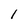
Character: l